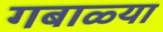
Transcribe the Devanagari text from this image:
गबाळ्या